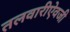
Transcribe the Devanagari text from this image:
तलवारीऐवजी